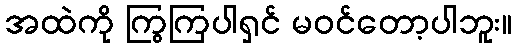
အထဲကို ကြွကြပါရှင် မဝင်တော့ပါဘူး။